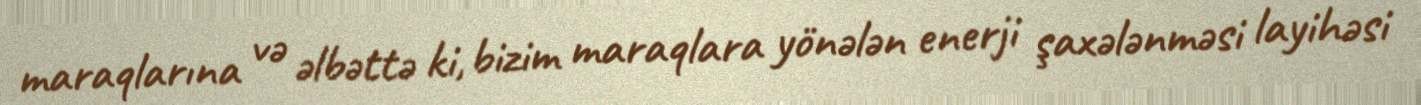
maraqlarına və əlbəttə ki, bizim maraqlara yönələn enerji şaxələnməsi layihəsi